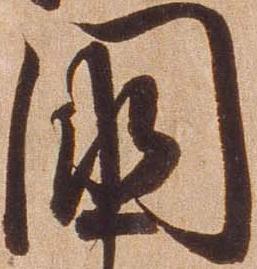
国